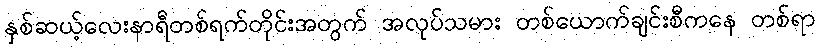
နှစ်ဆယ့်လေးနာရီတစ်ရက်တိုင်းအတွက် အလုပ်သမား တစ်ယောက်ချင်းစီကနေ တစ်ရာ